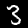
Label: 3